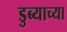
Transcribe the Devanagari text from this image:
डुब्याच्या